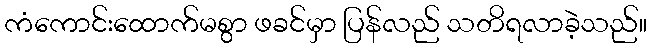
ကံကောင်းထောက်မစွာ ဖခင်မှာ ပြန်လည် သတိရလာခဲ့သည်။